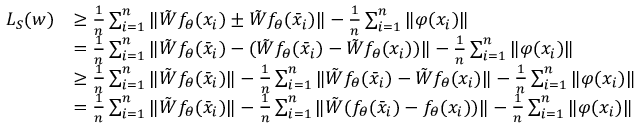
\begin{array} { r l } { L _ { S } ( w ) } & { \ge \frac { 1 } { n } \sum _ { i = 1 } ^ { n } \| { \tilde { W } } f _ { \theta } ( x _ { i } ) \pm { \tilde { W } } f _ { \theta } ( { \bar { x } } _ { i } ) \| - \frac { 1 } { n } \sum _ { i = 1 } ^ { n } \| \varphi ( x _ { i } ) \| } \\ & { = \frac { 1 } { n } \sum _ { i = 1 } ^ { n } \| { \tilde { W } } f _ { \theta } ( { \bar { x } } _ { i } ) - ( { \tilde { W } } f _ { \theta } ( { \bar { x } } _ { i } ) - { \tilde { W } } f _ { \theta } ( x _ { i } ) ) \| - \frac { 1 } { n } \sum _ { i = 1 } ^ { n } \| \varphi ( x _ { i } ) \| } \\ & { \ge \frac { 1 } { n } \sum _ { i = 1 } ^ { n } \| { \tilde { W } } f _ { \theta } ( { \bar { x } } _ { i } ) \| - \frac { 1 } { n } \sum _ { i = 1 } ^ { n } \| { \tilde { W } } f _ { \theta } ( { \bar { x } } _ { i } ) - { \tilde { W } } f _ { \theta } ( x _ { i } ) \| - \frac { 1 } { n } \sum _ { i = 1 } ^ { n } \| \varphi ( x _ { i } ) \| } \\ & { = \frac { 1 } { n } \sum _ { i = 1 } ^ { n } \| { \tilde { W } } f _ { \theta } ( { \bar { x } } _ { i } ) \| - \frac { 1 } { n } \sum _ { i = 1 } ^ { n } \| { \tilde { W } } ( f _ { \theta } ( { \bar { x } } _ { i } ) - f _ { \theta } ( x _ { i } ) ) \| - \frac { 1 } { n } \sum _ { i = 1 } ^ { n } \| \varphi ( x _ { i } ) \| } \end{array}